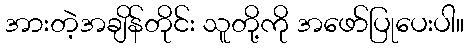
အားတဲ့အချိန်တိုင်း သူတို့ကို အဖော်ပြုပေးပါ။